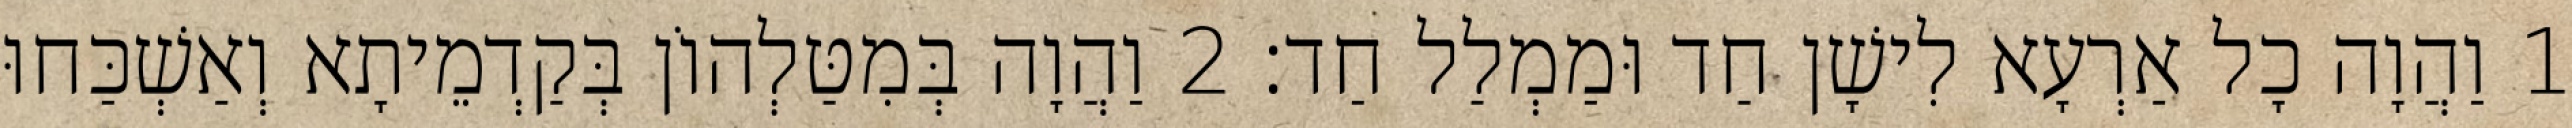
1 וַהֲוָה כָל אַרְעָא לִישָׁן חַד וּמַמְלַל חַד׃ 2 וַהֲוָה בְּמִטַּלְהוֹן בְּקַדְמֵיתָא וְאַשְׁכַּחוּ